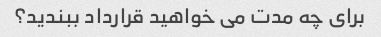
برای چه مدت می خواهید قرارداد ببندید؟